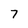
Character: 7